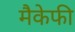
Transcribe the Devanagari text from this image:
मैकेफी